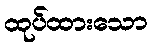
ထုပ်ထားသော